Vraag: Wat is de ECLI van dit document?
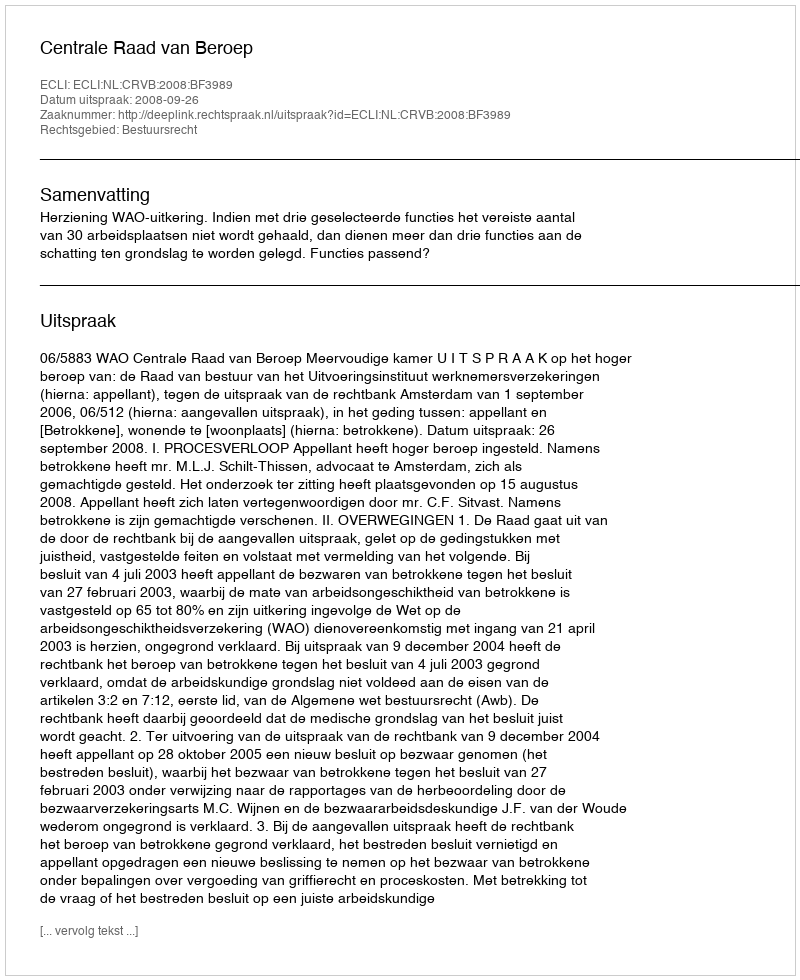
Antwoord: ECLI:NL:CRVB:2008:BF3989